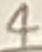
Text: 4